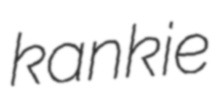
kankie